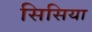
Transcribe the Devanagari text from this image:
सिसिया